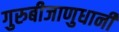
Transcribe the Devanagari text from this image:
गुरुबीजाणुधानी